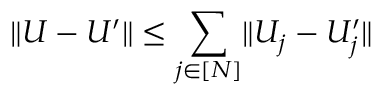
\lVert U - U ^ { \prime } \rVert \leq \sum _ { j \in [ N ] } \lVert U _ { j } - U _ { j } ^ { \prime } \rVert